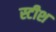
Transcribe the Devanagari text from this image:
स्टीश